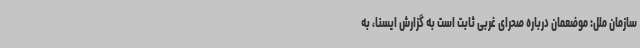
سازمان ملل: موضعمان درباره صحرای غربی ثابت است به گزارش ایسنا، به